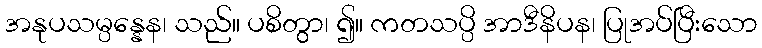
အနုပသမ္ပန္နေန၊ သည်။ ပစိတွာ၊ ၍။ ကတသပ္ပိ အာဒီနိပန၊ ပြုအပ်ပြီးသော